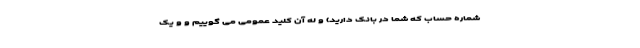
شماره حساب که شما در بانک دارید) و له آن کلید عمومی می گوییم و و یک